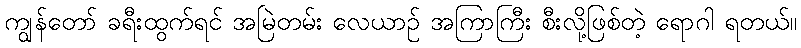
ကျွန်တော် ခရီးထွက်ရင် အမြဲတမ်း လေယာဉ် အကြာကြီး စီးလို့ဖြစ်တဲ့ ရောဂါ ရတယ်။